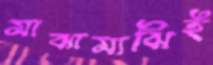
মাঝামাঝিই